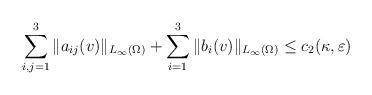
LaTeX: \begin{align*}\sum_{i,j=1}^3 \|a_{ij}(v)\|_{L_\infty(\Omega)} + \sum_{i=1}^3 \|b_i(v)\|_{L_\infty(\Omega)} \le c_2(\kappa,\varepsilon) \end{align*}